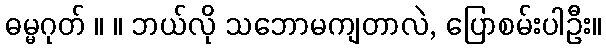
ဓမ္မဂုတ် ။ ။ ဘယ်လို သဘောမကျတာလဲ, ပြောစမ်းပါဦး။